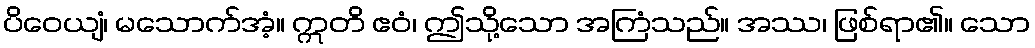
ပိဝေယျံ၊ မသောက်အံ့။ ဣတိ ဧဝံ၊ ဤသို့သော အကြံသည်။ အဿ၊ ဖြစ်ရာ၏။ သော